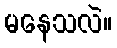
မနေသလဲ။